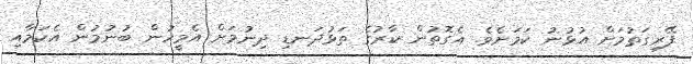
ފޭރިގަތުމަށް އުޅުނު ކަމަށެވެ. އެގޮތުން ކާރުގެ ތަޅުދަނޑި ދިނުމަށް އެމީހުން ބުނުމުން އެކަމާއި